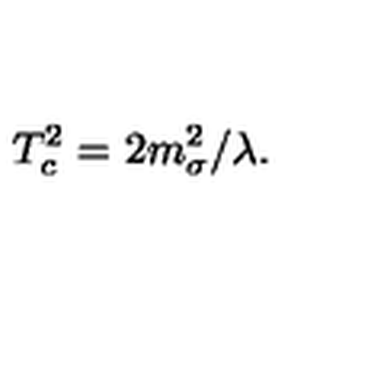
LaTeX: T _ { c } ^ { 2 } = 2 m _ { \sigma } ^ { 2 } / \lambda .